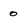
Character: 0